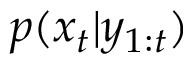
p ( x _ { t } | y _ { 1 : t } )